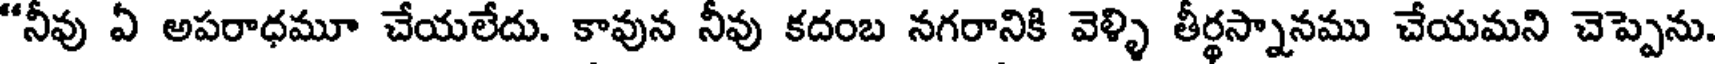
"నీవు ఏ అపరాధమూ చేయలేదు. కావున నీవు కదంబ నగరానికి వెళ్ళి తీర్థస్నానము చేయమని చెప్పెను.